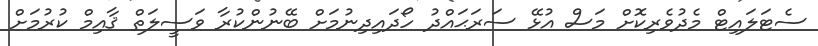
ސެޓަލައިޓް މެދުވެރިކޮށް މަސް އުޅޭ ސަރަޙައްދު ހޯދައިދިނުމަށް ބޭނުންކުރާ ވަސީލަތް ޤާއިމް ކުރުމަށް